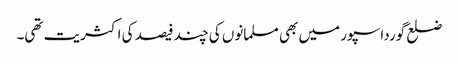
ضلع گورداسپور میں بھی مسلمانوں کی چند فیصد کی اکثریت تھی۔